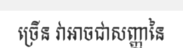
ច្រើន វាអាចជាសញ្ញានៃ